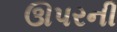
ઊપરની